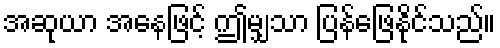
အဆုယာ အနေဖြင့် ဤမျှသာ ပြန်ဖြေနိုင်သည်။